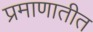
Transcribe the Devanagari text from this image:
प्रमाणातीत